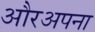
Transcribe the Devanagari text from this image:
औरअपना